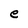
Character: e